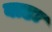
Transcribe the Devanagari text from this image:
बाडः